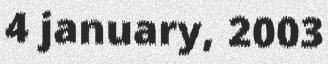
4 january, 2003